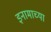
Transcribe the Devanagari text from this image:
इनामाच्या